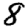
Digit: 8